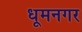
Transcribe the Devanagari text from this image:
धूमनगर